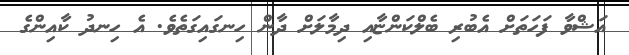
އަޝްވާ ފަހަތަށް އެބުރި ބެލްކަންޏާއި ދިމާލަށް ދާން ހިނގައިގަތެވެ. އެ ހިނދު ކާއިންގެ